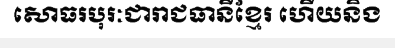
សោធរបុរៈជារាជធានីខ្មែរ ហើយនិង